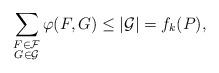
LaTeX: \begin{align*}\sum_{\substack{F \in \mathcal{F} \\ {G \in \mathcal{G}}}} \varphi(F, G) \leq |\mathcal{G}| = f_k(P),\end{align*}